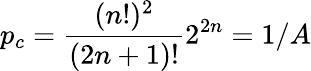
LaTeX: p_{c}=\frac{(n!)^{2}}{(2n+1)!}2^{2n}=1/A